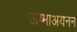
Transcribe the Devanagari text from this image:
ऊष्माअयनन